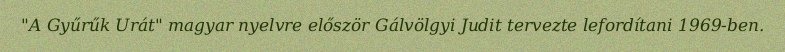
"A Gyűrűk Urát" magyar nyelvre először Gálvölgyi Judit tervezte lefordítani 1969-ben.